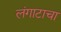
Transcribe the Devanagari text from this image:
लंगाटाचा